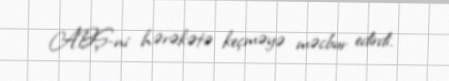
ABŞ-ni hərəkətə keçməyə məcbur edirdi.